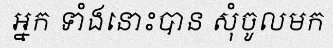
អ្នក ទាំងនោះបាន សុំចូលមក